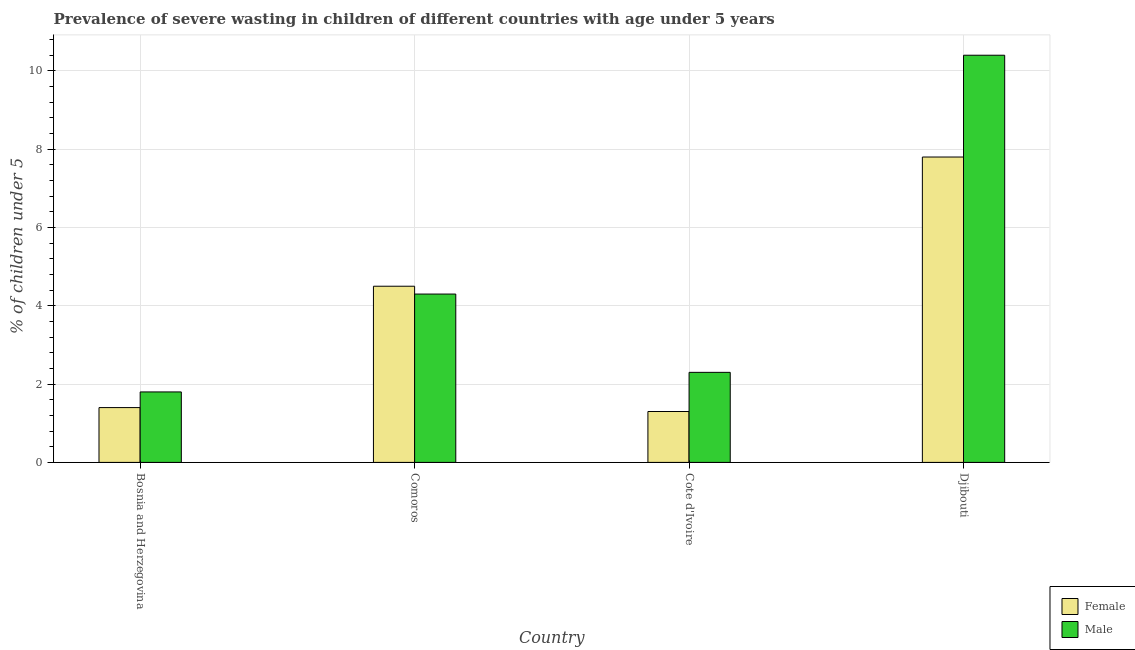
| Country | Female | Male |
 | --- | --- | --- |
 | Bosnia and Herzegovina | 1.4 | 1.8 |
 | Comoros | 4.5 | 4.3 |
 | Cote d'Ivoire | 1.3 | 2.3 |
 | Djibouti | 7.8 | 10.4 |